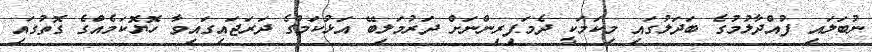
ނުބަލައި ފުއްދާލުމުގެ ބަދަލުގައި މިކަމަކީ ދެމަފިރިންނަށް ދަރުމަލިބޭ އަޅުކަމުގެ ދަރަޖައިގައިވާ ހޮޔޮކަމެއްގެ ގޮތުގައި